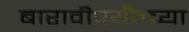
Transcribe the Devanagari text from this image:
बारावीपर्यँतच्या